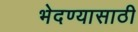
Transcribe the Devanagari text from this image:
भेदण्यासाठी